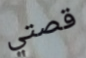
قصتي